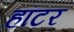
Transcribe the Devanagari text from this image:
हॉटर